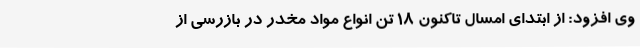
وی افزود: از ابتدای امسال تاکنون 18 تن انواع مواد مخدر در بازرسی از